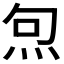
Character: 𭴔